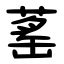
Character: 䔄